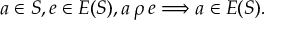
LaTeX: a \in S , e \in E ( S ) , a \, \rho \, e \Longrightarrow a \in E ( S ) .